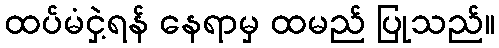
ထပ်မံငှဲ့ရန် နေရာမှ ထမည် ပြုသည်။